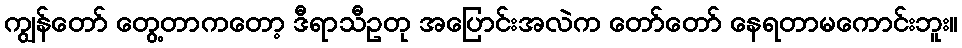
ကျွန်တော် တွေ့တာကတော့ ဒီရာသီဥတု အပြောင်းအလဲက တော်တော် နေရတာမကောင်းဘူး။